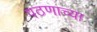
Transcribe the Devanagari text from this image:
पठणाच्या